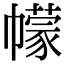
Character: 幪